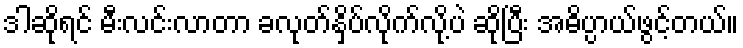
ဒါဆိုရင် မီးလင်းလာတာ ခလုတ်နှိပ်လိုက်လို့ပဲ ဆိုပြီး အဓိပ္ပာယ်ဖွင့်တယ်။